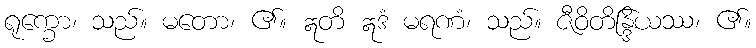
ရုက္ခော၊ သည်။ မတော၊ ၏။ ဣတိ ဣဒံ မရဏံ၊ သည်။ ဇီဝိတိန္ဒြိယဿ၊ ၏။